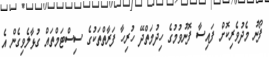
ފޯނު މެދުވެރިކޮށް ފައިސާ ފޮނުވުމުގެ ހިދުމަތްދޭ ހުރިހާ ފަރާތްތަކުގެ ސިސްޓަމްތައް ގުޅާލެވިގެން އެ